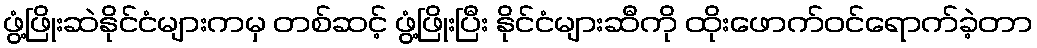
ဖွံ့ဖြိုးဆဲနိုင်ငံများကမှ တစ်ဆင့် ဖွံ့ဖြိုးပြီး နိုင်ငံများဆီကို ထိုးဖောက်ဝင်ရောက်ခဲ့တာ